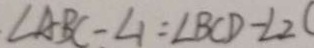
\angle A B C - \angle 1 = \angle B C D - \angle 2 (